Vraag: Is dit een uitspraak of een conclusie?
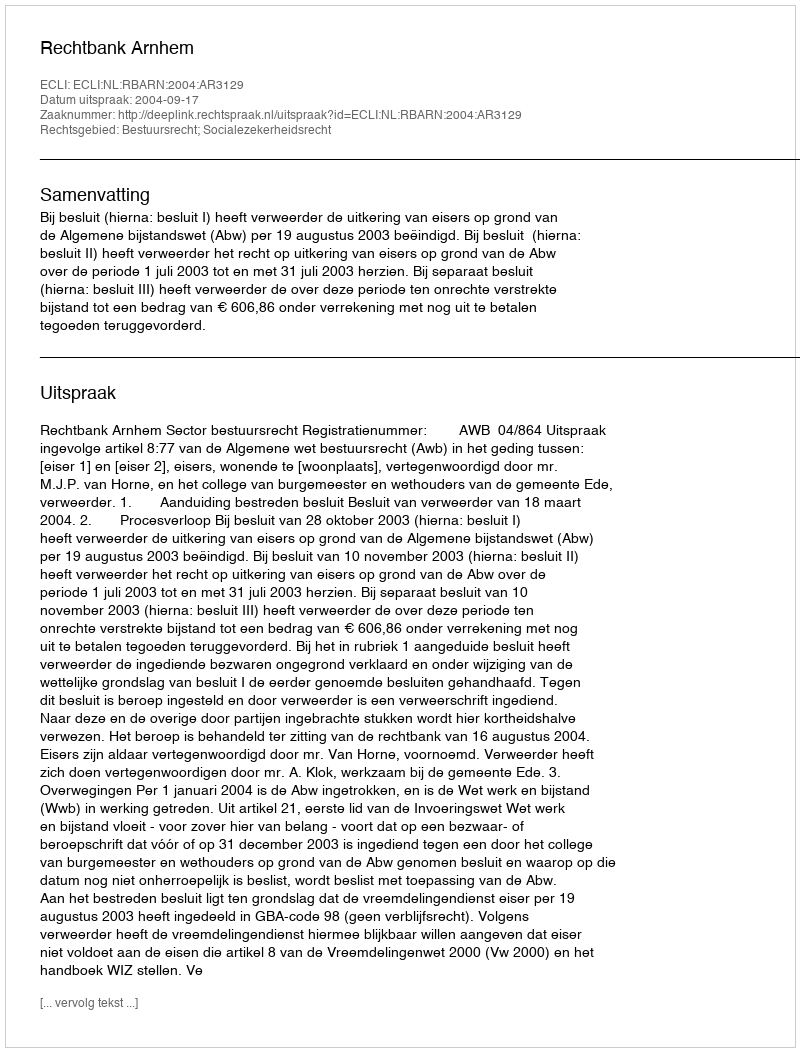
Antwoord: Uitspraak